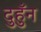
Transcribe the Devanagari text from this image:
दुहुँन